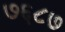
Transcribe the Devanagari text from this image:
७६८७